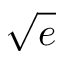
\sqrt { e }